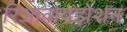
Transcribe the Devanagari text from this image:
रिअलायझेशन